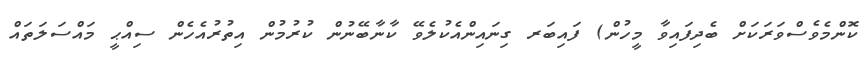
ކޮންމެވެސްވަރަކަށް ބެދިފައިވާ މީހުން) ފައިބަރ ގިނައިންއެކުލެވޭ ކާނާބޭނުން ކުރުމުން އިތުރުއެހެން ސިއްޙީ މައްސަލަތައް